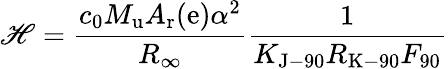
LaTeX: \mathscr{H}={\frac{{c_{0}M_{\mathrm{{{u}}}}A_{\mathrm{{{r}}}}(\mathrm{{{e}}})\alpha^{2}}}{{R_{\infty}}}}{\frac{{1}}{{K_{\mathrm{{{J-90}}}}R_{\mathrm{{{K-90}}}}F_{90}}}}